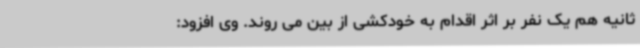
ثانیه هم یک نفر بر اثر اقدام به خودکشی از بین می روند. وی افزود: